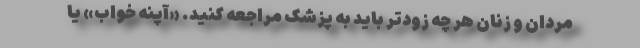
مردان و زنان هر چه زودتر باید به پزشک مراجعه کنید. «آپنه خواب» یا